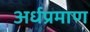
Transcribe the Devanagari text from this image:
अर्धप्रमाण